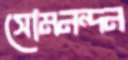
সোমনন্দন